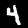
Digit: 4